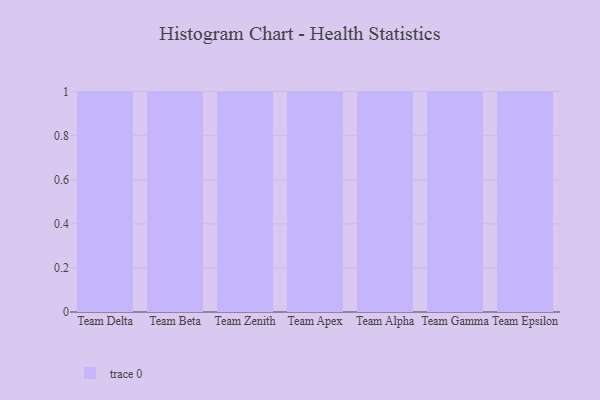
{"axis": {"x": "Team", "y": "LTV (USD)"}, "legend": [""], "data": [{"x": "Team Delta", "y": 24, "type": ""}, {"x": "Team Beta", "y": 24, "type": ""}, {"x": "Team Zenith", "y": 14, "type": ""}, {"x": "Team Apex", "y": 74, "type": ""}, {"x": "Team Alpha", "y": 35, "type": ""}, {"x": "Team Gamma", "y": 64, "type": ""}, {"x": "Team Epsilon", "y": 79, "type": ""}]}